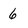
Character: 6